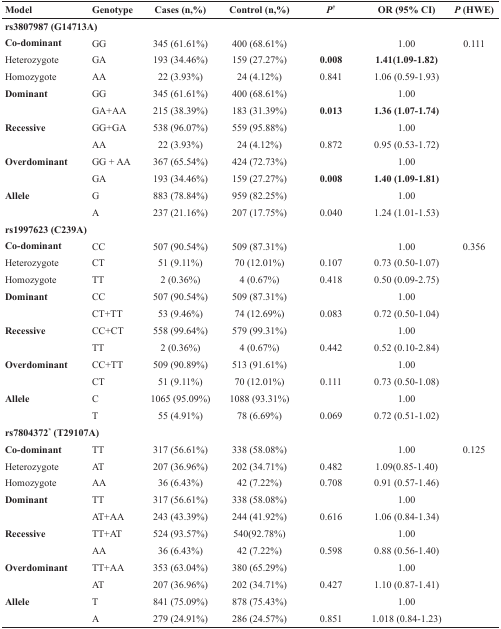
<table><thead><tr><td><b>Model</b></td><td><b>Genotype</b></td><td><b>Cases (n,%)</b></td><td><b>Control (n,%)</b></td><td><b><i>P</i><sup>†</sup></b></td><td><b>OR (95% CI)</b></td><td><b><i>P</i> (HWE)</b></td></tr></thead><tbody><tr><td colspan="7"><b>rs3807987 (G14713A)</b></td></tr><tr><td><b>Co-dominant</b></td><td>GG</td><td>345 (61.61%)</td><td>400 (68.61%)</td><td></td><td>1.00</td><td>0.111</td></tr><tr><td>Heterozygote</td><td>GA</td><td>193 (34.46%)</td><td>159 (27.27%)</td><td><b>0.008</b></td><td><b>1.41(1.09-1.82)</b></td><td></td></tr><tr><td>Homozygote</td><td>AA</td><td>22 (3.93%)</td><td>24 (4.12%)</td><td>0.841</td><td>1.06 (0.59-1.93)</td><td></td></tr><tr><td><b>Dominant</b></td><td>GG</td><td>345 (61.61%)</td><td>400 (68.61%)</td><td></td><td>1.00</td><td></td></tr><tr><td></td><td>GA+AA</td><td>215 (38.39%)</td><td>183 (31.39%)</td><td><b>0.013</b></td><td><b>1.36 (1.07-1.74)</b></td><td></td></tr><tr><td><b>Recessive</b></td><td>GG+GA</td><td>538 (96.07%)</td><td>559 (95.88%)</td><td></td><td>1.00</td><td></td></tr><tr><td></td><td>AA</td><td>22 (3.93%)</td><td>24 (4.12%)</td><td>0.872</td><td>0.95 (0.53-1.72)</td><td></td></tr><tr><td><b>Overdominant</b></td><td>GG + AA</td><td>367 (65.54%)</td><td>424 (72.73%)</td><td></td><td>1.00</td><td></td></tr><tr><td></td><td>GA</td><td>193 (34.46%)</td><td>159 (27.27%)</td><td><b>0.008</b></td><td><b>1.40 (1.09-1.81)</b></td><td></td></tr><tr><td><b>Allele</b></td><td>G</td><td>883 (78.84%)</td><td>959 (82.25%)</td><td></td><td>1.00</td><td></td></tr><tr><td></td><td>A</td><td>237 (21.16%)</td><td>207 (17.75%)</td><td>0.040</td><td>1.24 (1.01-1.53)</td><td></td></tr><tr><td colspan="7"><b>rs1997623 (C239A)</b></td></tr><tr><td><b>Co-dominant</b></td><td>CC</td><td>507 (90.54%)</td><td>509 (87.31%)</td><td></td><td>1.00</td><td>0.356</td></tr><tr><td>Heterozygote</td><td>CT</td><td>51 (9.11%)</td><td>70 (12.01%)</td><td>0.107</td><td>0.73 (0.50-1.07)</td><td></td></tr><tr><td>Homozygote</td><td>TT</td><td>2 (0.36%)</td><td>4 (0.67%)</td><td>0.418</td><td>0.50 (0.09-2.75)</td><td></td></tr><tr><td><b>Dominant</b></td><td>CC</td><td>507 (90.54%)</td><td>509 (87.31%)</td><td></td><td>1.00</td><td></td></tr><tr><td></td><td>CT+TT</td><td>53 (9.46%)</td><td>74 (12.69%)</td><td>0.083</td><td>0.72 (0.50-1.04)</td><td></td></tr><tr><td><b>Recessive</b></td><td>CC+CT</td><td>558 (99.64%)</td><td>579 (99.31%)</td><td></td><td>1.00</td><td></td></tr><tr><td></td><td>TT</td><td>2 (0.36%)</td><td>4 (0.67%)</td><td>0.442</td><td>0.52 (0.10-2.84)</td><td></td></tr><tr><td><b>Overdominant</b></td><td>CC+TT</td><td>509 (90.89%)</td><td>513 (91.61%)</td><td></td><td>1.00</td><td></td></tr><tr><td></td><td>CT</td><td>51 (9.11%)</td><td>70 (12.01%)</td><td>0.111</td><td>0.73 (0.50-1.08)</td><td></td></tr><tr><td><b>Allele</b></td><td>C</td><td>1065 (95.09%)</td><td>1088 (93.31%)</td><td></td><td>1.00</td><td></td></tr><tr><td></td><td>T</td><td>55 (4.91%)</td><td>78 (6.69%)</td><td>0.069</td><td>0.72 (0.51-1.02)</td><td></td></tr><tr><td colspan="7"><b>rs7804372</b><sup>*</sup><b>(T29107A)</b></td></tr><tr><td><b>Co-dominant</b></td><td>TT</td><td>317 (56.61%)</td><td>338 (58.08%)</td><td></td><td>1.00</td><td>0.125</td></tr><tr><td>Heterozygote</td><td>AT</td><td>207 (36.96%)</td><td>202 (34.71%)</td><td>0.482</td><td>1.09(0.85-1.40)</td><td></td></tr><tr><td>Homozygote</td><td>AA</td><td>36 (6.43%)</td><td>42 (7.22%)</td><td>0.708</td><td>0.91 (0.57-1.46)</td><td></td></tr><tr><td><b>Dominant</b></td><td>TT</td><td>317 (56.61%)</td><td>338 (58.08%)</td><td></td><td>1.00</td><td></td></tr><tr><td></td><td>AT+AA</td><td>243 (43.39%)</td><td>244 (41.92%)</td><td>0.616</td><td>1.06 (0.84-1.34)</td><td></td></tr><tr><td><b>Recessive</b></td><td>TT+AT</td><td>524 (93.57%)</td><td>540(92.78%)</td><td></td><td>1.00</td><td></td></tr><tr><td></td><td>AA</td><td>36 (6.43%)</td><td>42 (7.22%)</td><td>0.598</td><td>0.88 (0.56-1.40)</td><td></td></tr><tr><td><b>Overdominant</b></td><td>TT+AA</td><td>353 (63.04%)</td><td>380 (65.29%)</td><td></td><td>1.00</td><td></td></tr><tr><td></td><td>AT</td><td>207 (36.96%)</td><td>202 (34.71%)</td><td>0.427</td><td>1.10 (0.87-1.41)</td><td></td></tr><tr><td><b>Allele</b></td><td>T</td><td>841 (75.09%)</td><td>878 (75.43%)</td><td></td><td>1.00</td><td></td></tr><tr><td></td><td>A</td><td>279 (24.91%)</td><td>286 (24.57%)</td><td>0.851</td><td>1.018 (0.84-1.23)</td><td></td></tr></tbody></table>